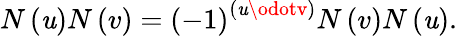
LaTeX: N\left(\mathit{u}\right)N\left(v\right)=\left(-1\right)^{\left(\mathit{u}\odotv\right)}N\left(v\right)N\left(\mathit{u}\right).